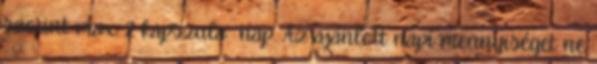
szerint max. 2 kapszula nap. Az ajánlott napi mennyiséget ne